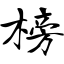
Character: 榜